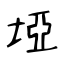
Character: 埡